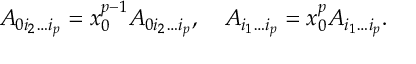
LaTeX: A _ { 0 i _ { 2 } \ldots i _ { p } } = x _ { 0 } ^ { p - 1 } { \cal A } _ { 0 i _ { 2 } \ldots i _ { p } } , \quad A _ { i _ { 1 } \ldots i _ { p } } = x _ { 0 } ^ { p } { \cal A } _ { i _ { 1 } \ldots i _ { p } } .